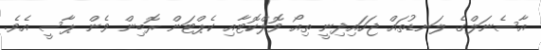
އާސެނަލްގެ ލަނޑުތައް ޖަހައިދިނީ ތިއޯ ވޮލްކޮޓާއި ކެޕްޓަން ރޮބިން ވެން ޕާސީ އެވެ.